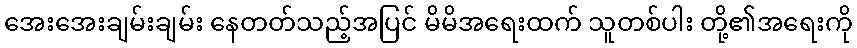
အေးအေးချမ်းချမ်း နေတတ်သည့်အပြင် မိမိအရေးထက် သူတစ်ပါး တို့၏အရေးကို